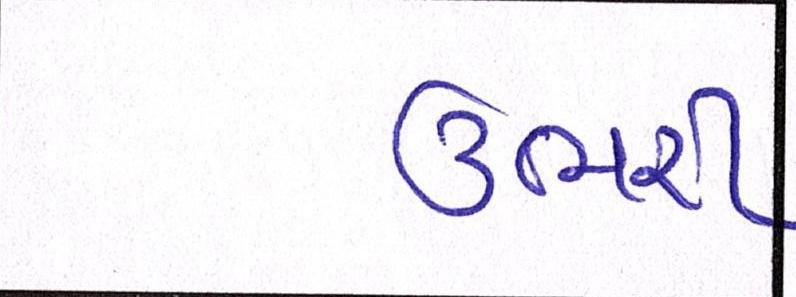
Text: ઉભરી